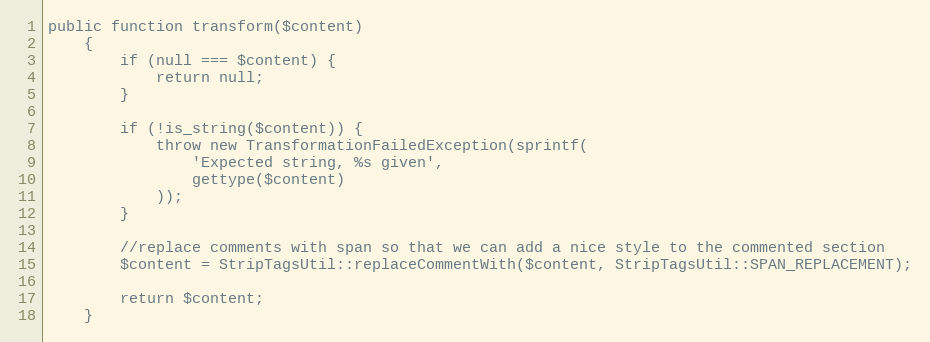
Language: PHP
public function transform($content)
    {
        if (null === $content) {
            return null;
        }

        if (!is_string($content)) {
            throw new TransformationFailedException(sprintf(
                'Expected string, %s given',
                gettype($content)
            ));
        }

        //replace comments with span so that we can add a nice style to the commented section
        $content = StripTagsUtil::replaceCommentWith($content, StripTagsUtil::SPAN_REPLACEMENT);

        return $content;
    }